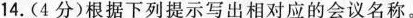
14.(4分)根据下列提示写出相对应的会议名称。